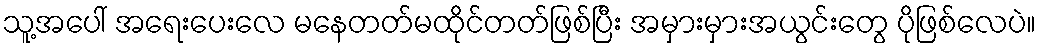
သူ့အပေါ် အရေးပေးလေ မနေတတ်မထိုင်တတ်ဖြစ်ပြီး အမှားမှားအယွင်းတွေ ပိုဖြစ်လေပဲ။